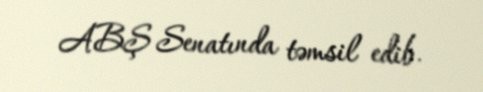
ABŞ Senatında təmsil edib.